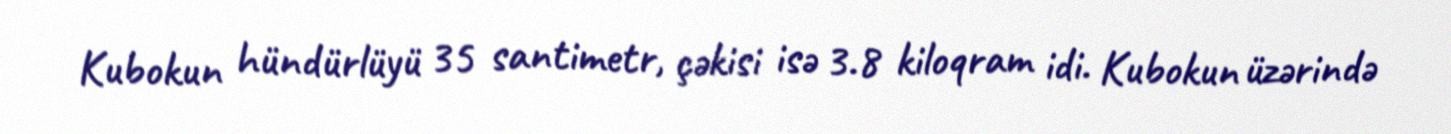
Kubokun hündürlüyü 35 santimetr, çəkisi isə 3.8 kiloqram idi. Kubokun üzərində